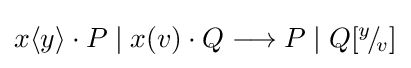
x\langle y\rangle \cdot P\;\vert \;x(v)\cdot Q\longrightarrow P\;\vert \;Q[^{y}\!/\!_{v}]